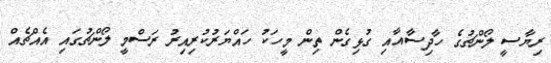
ރިޔާސީ ލޯންޗުގެ ހާދިސާއާއި ގުޅިގެން ތިން މީހަކު ހައްޔަރުކުރިއިރު ރަސްމީ ލޯންޗުގައި އެއްޗެއް